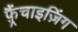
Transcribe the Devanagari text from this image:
फ़्रैंचाइज़िंग